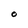
Character: O